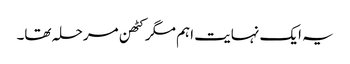
یہ ایک نہایت اہم مگر کٹھن مرحلہ تھا۔